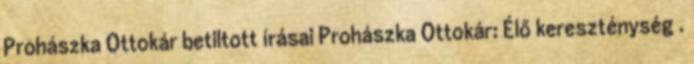
Prohászka Ottokár betiltott írásai Prohászka Ottokár: Élő kereszténység .